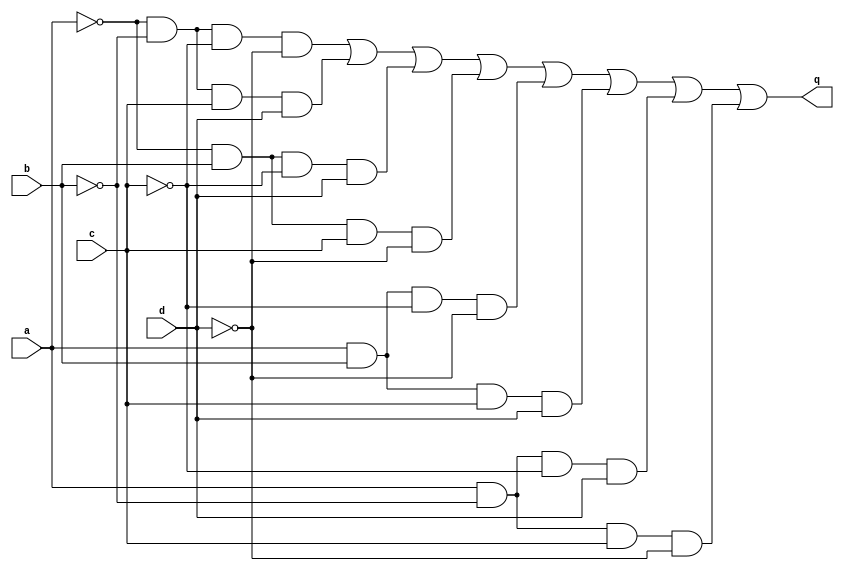
//
//
// https://hdlbits.01xz.net/wiki/Sim/circuit2
//
//

`default_nettype none

module top_module (
    input   a,
    input   b,
    input   c,
    input   d,
    output  q
);

    //
    //      ab
    //
    //  cd  q   00  01  11  10
    //
    //      00   1   0   1   0
    //
    //      01   0   1   0   1
    //
    //      11   1   0   1   0
    //
    //      10   0   1   0   1
    //
    //
    // q = (~a & ~b & ~c & ~d) | 
    //     (~a & ~b &  c &  d) |
    //     (~a &  b & ~c &  d) |
    //     (~a &  b &  c & ~d) |
    //     ( a &  b & ~c & ~d) |
    //     ( a &  b &  c &  d) |
    //     ( a & ~b & ~c &  d) |
    //     ( a & ~b &  c & ~d)
    //
    assign q = (~a & ~b & ~c & ~d) | 
               (~a & ~b &  c &  d) |
               (~a &  b & ~c &  d) |
               (~a &  b &  c & ~d) |
               ( a &  b & ~c & ~d) |
               ( a &  b &  c &  d) |
               ( a & ~b & ~c &  d) |
               ( a & ~b &  c & ~d);

endmodule